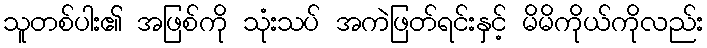
သူတစ်ပါး၏ အဖြစ်ကို သုံးသပ် အကဲဖြတ်ရင်းနှင့် မိမိကိုယ်ကိုလည်း